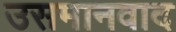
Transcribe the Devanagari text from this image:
उसमानवाद